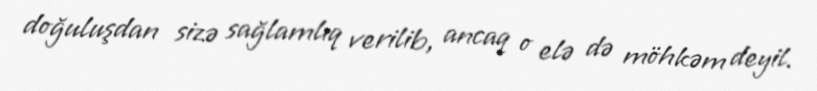
doğuluşdan sizə sağlamlıq verilib, ancaq o elə də möhkəm deyil.